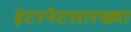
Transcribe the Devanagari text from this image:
इंटरनेटसारख्या